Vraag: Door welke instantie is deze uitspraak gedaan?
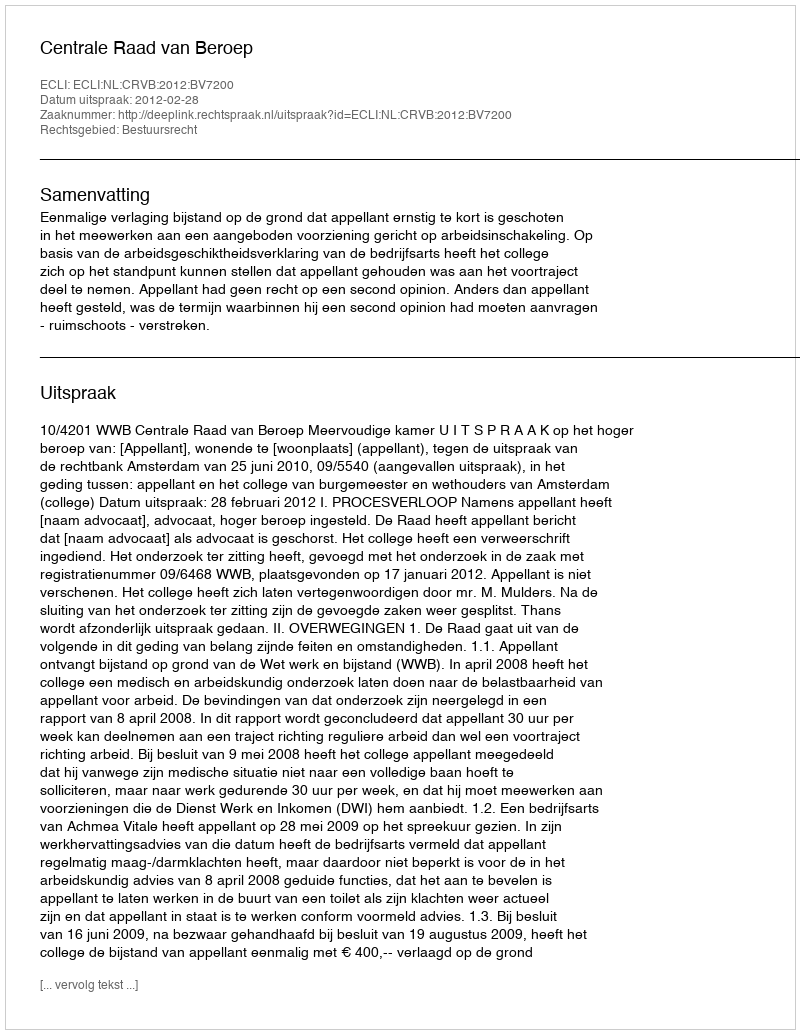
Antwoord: Centrale Raad van Beroep